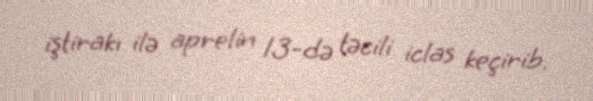
iştirakı ilə aprelin 13-də təcili iclas keçirib.